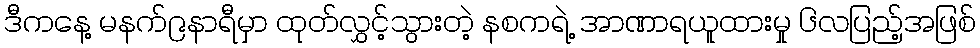
ဒီကနေ့ မနက်၉နာရီမှာ ထုတ်လွှင့်သွားတဲ့ နစကရဲ့ အာဏာရယူထားမှု ၆လပြည့်အဖြစ်